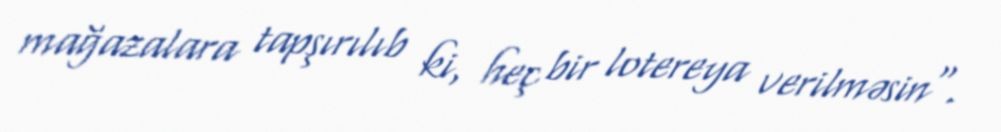
mağazalara tapşırılıb ki, heç bir lotereya verilməsin".